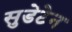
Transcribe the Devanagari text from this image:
सुडेटेन